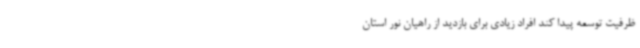
ظرفیت توسعه پیدا کند افراد زیادی برای بازدید از راهیان نور استان